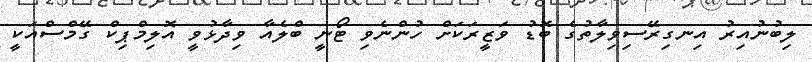
ލިބުނުއިރު އިނގިރޭސިވިލާތުގެ ބޮޑު ވަޒީރަކަށް ހުންނެވި ޓޯނީ ބްލެއާ ވިދާޅުވީ އޮލިމްޕިކް ގޭމްސްއަކީ